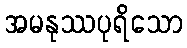
အမနုဿပုရိသော